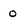
Character: o